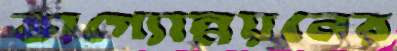
ভাগ্যোন্নয়নের